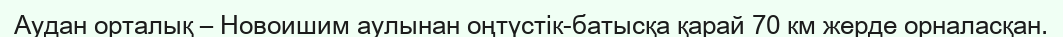
Аудан орталық – Новоишим аулынан оңтүстік-батысқа қарай 70 км жерде орналасқан.